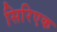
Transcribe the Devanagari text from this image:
सिरिएक